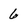
Character: 6